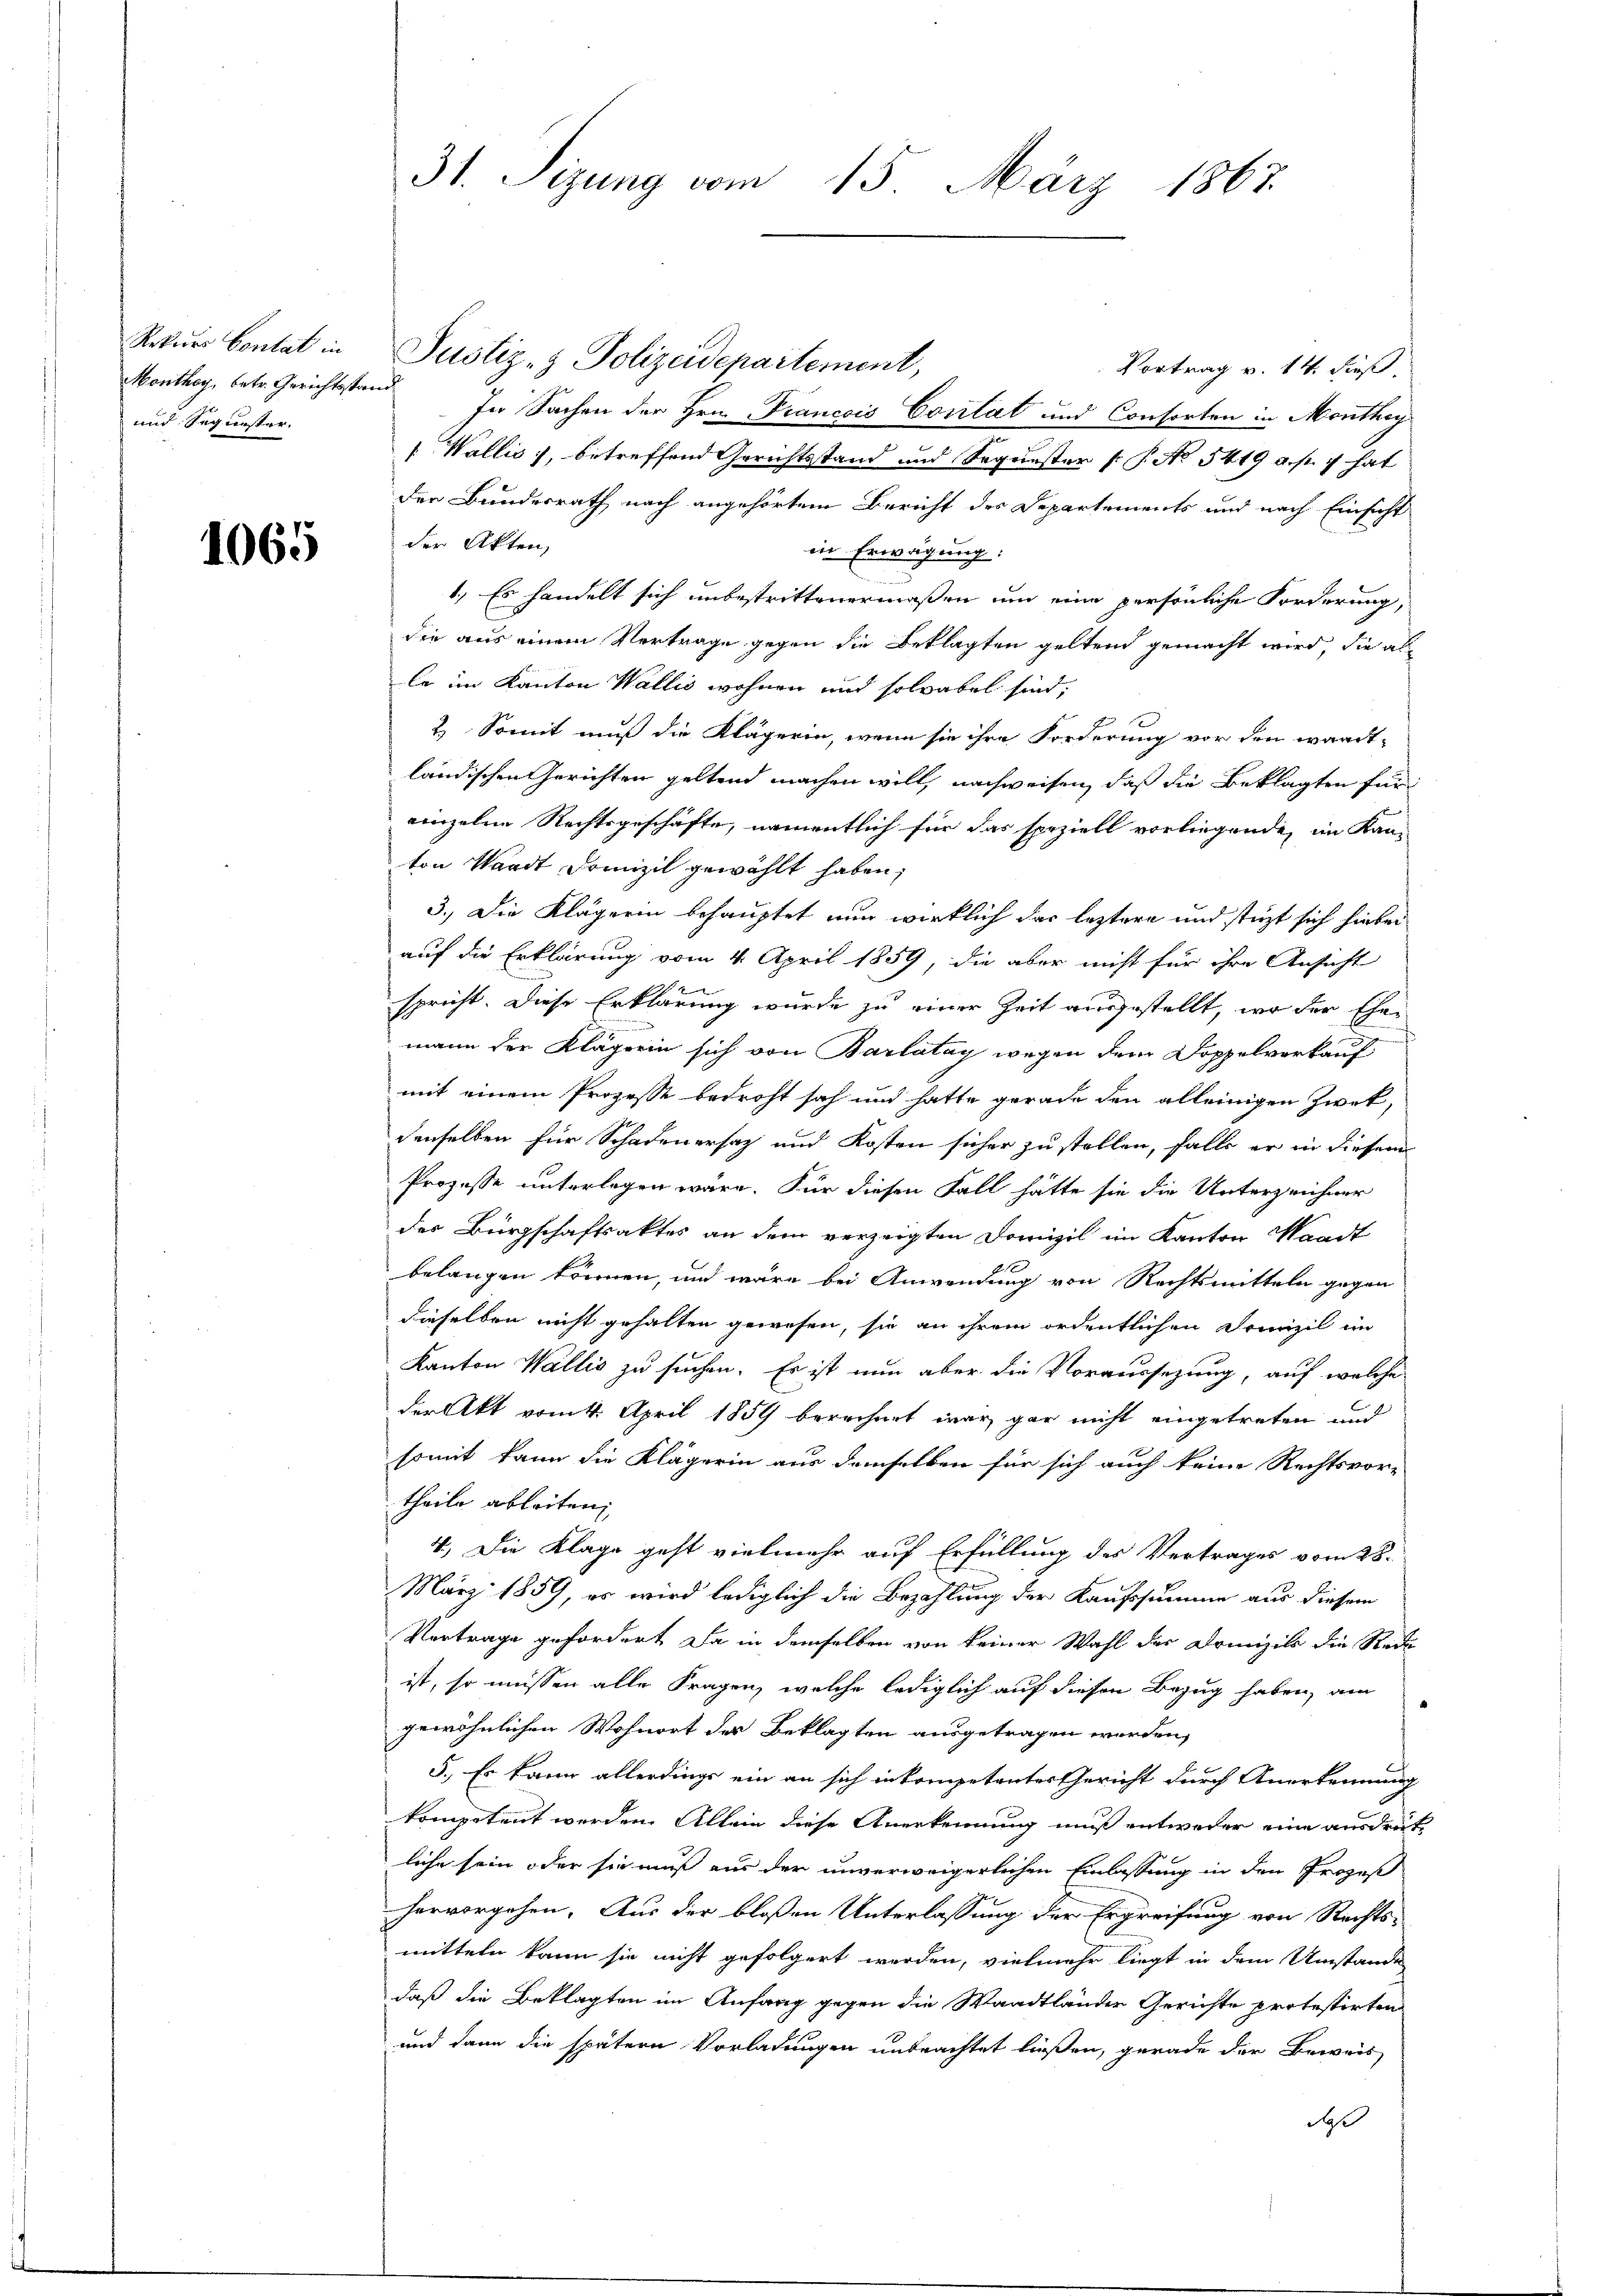
Monthey, betr. Gerichtsstand
und Sequester.

1065

Rekŭrs Contat in Justiz- & Polizeidepartement,
Vortrag v. 14. dieß
In Sachen der Hrn. Prancois Corlat und Consorten in Monthey
 Wallis, betreffend Gerichtsstand und Sequester (: P. No 5419 a. p. 1 hat
der Bundesrath nach angehörtem Bericht des Departements und nach Einsicht
der Akten,
in Erwägung:
1.) Es handelt sich unbestrittenermaßen um eine persönliche Forderung,
die aus einem Vertrage gegen die Beklagten geltend gemacht wird, die al
le im Kanton Wallis wohnen und solvabel sind,
2. Somit muß die Klägerin, wenn sie ihre Forderung vor den wardt-
ländischen Gerichten geltend machen will, nachweisen, daß die Beklagten für
einzelne Rechtsgeschäfte, namentlich für das speziell vorliegende, im Kan-
ton Waadt Domizil gewählt haben;
3.) Die Klägerin behauptet nun wirklich das leztere und stüzt sich hiebei
auf die Erklärung vom 4. April 1859, die aber nicht für ihre Ansicht
spricht. Diese Erklärung wurde zu einer Zeit ausgestellt, wo der Ehemann der Klägerin sich von Barlatay wegen dem Doppelverkauf
mit einem Prozesse bedroht sah und hatte gerade den alleinigen Zwek,
denselben für Schadenersatz und Kosten sicher zu stellen, falls er in diesem
Prozesse unterlegen wäre. Für diesen Fall hätte sie die Unterzeichner
der Bürgschaftsaktes an dem verzeigten Domizil im Kanton Waadt
belangen können, und wäre bei Anwendung von Rechtsmitteln gegen
dieselben nicht gehalten gewesen, sie an ihrem ordentlichen Domizil im
Kanton Wallis zu suchen. Es ist nun aber die Voraussezung, auf welche
der Akt vom 4. April 1859 berechnet war, gar nicht eingetreten und
somit kann die Klägerin aus demselben für sich auch keine Rechtsvor-
theile ableiten,
4.) Die Klage geht vielmehr auf Erfüllung des Vertrages vom 28.
März 1859, es wird lediglich die Bezahlung der Kaufssumme aus diesem
Vertrage gefordert Da in demselben von keiner Wahl der Drunzils die Rech
ist, so müssen alle Fragen, welche lediglich auf diesen Bezug haben, am
gewöhnlichen Wohnort der Beklagten ausgetragen werden,
5.) Es kann allerdings ein an sich inkompetenter Gericht durch Anerkennung
kompetent werden. Allein diese Anerkennung muß entweder eine ausdrückliche sein oder sie muß aus der unverweigerlichen Einlassung in den Prozeß
hervorgehen. Aus der bloßen Unterlassung der Ergreifung von Rechts-
mitteln kann sie nicht gefolgert werden, vielmehr liegt in dem Umstände
daß die Beklagten im Anfang gegen die Waadtländer Gerichte protestirten
und dann die spätern Vorladungen unbeachtet ließen, gerade der Beweis
daß

31. Sizung vom 15. März 1867.